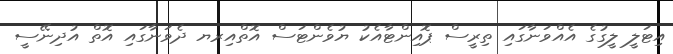
އިޓަލީ ލީގުގެ އެއްވަނާގައި ތިރީސް ޕޮއިންޓާއެކު ޔުވެންޓަސް އޮތްއިރޔ ދެވަނާގައި އޮތް އުދިނޭސީ